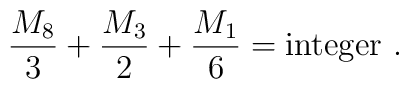
{{M_8}\over 3}+{{M_3}\over 2}+{{M_1}\over 6} = {\rm integer}\ .